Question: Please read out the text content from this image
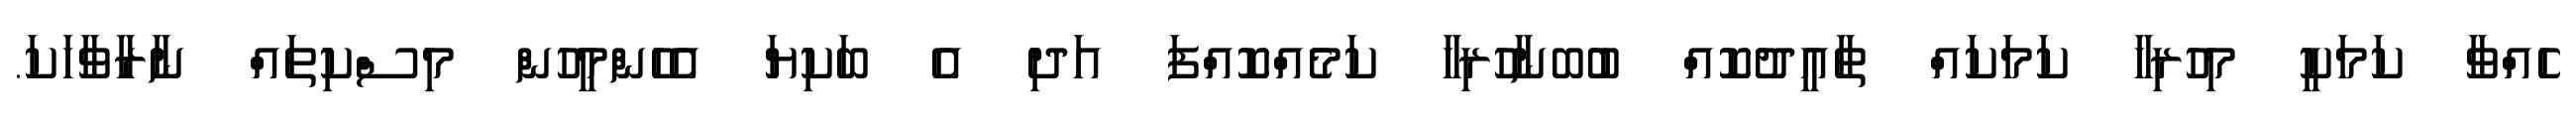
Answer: ހެއްވާ ކަމަކީ މިހުރިހާ ކަމަކައް ތާއީދުކޮއް ބުބނާހުރިހާ ކަމެއްކޮއްފަ އަދި އެ ބަކިޔަ އެހެންމީހުން މިސްކިތައް ނާރާވާހަކަ.